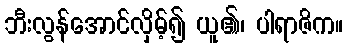
ဘီးလွန်အောင်လှိမ့်၍ ယူ၏၊ ပါရာဇိက။